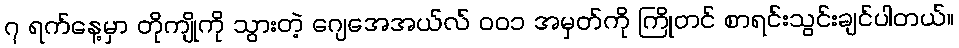
၇ ရက်နေ့မှာ တိုကျိုကို သွားတဲ့ ဂျေအေအယ်လ် ၀၀၁ အမှတ်ကို ကြိုတင် စာရင်းသွင်းချင်ပါတယ်။